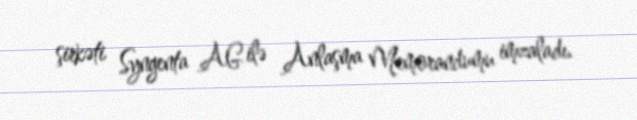
şirkəti Syngenta AG ilə Anlaşma Memorandumu imzaladı.